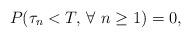
LaTeX: \begin{align*}P(\tau_n<T,\,\forall\,\, n\ge 1)=0,\end{align*}